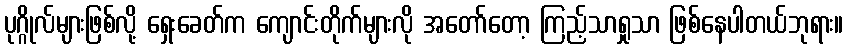
ပုဂ္ဂိုလ်များဖြစ်လို့ ရှေးခေတ်က ကျောင်းတိုက်များလို အတော်တော့ ကြည့်သာရှုသာ ဖြစ်နေပါတယ်ဘုရား။